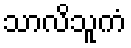
သာလိသူကံ